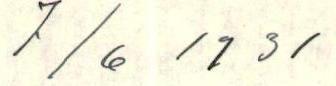
7/6 1931